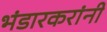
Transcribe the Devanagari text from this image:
भंडारकरांनी